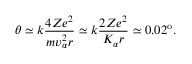
\theta \simeq k \frac { 4 Z e ^ { 2 } } { m v _ { \alpha } ^ { 2 } r } \simeq k \frac { 2 Z e ^ { 2 } } { K _ { \alpha } r } \simeq 0 . 0 2 ^ { \mathrm { o } } .